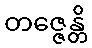
တဇ္ဇေန္တိ